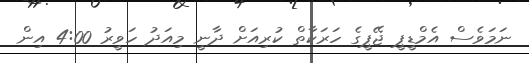
ނަމަވެސް އެމްޑީޕީ ޖޭޕީގެ ހަރަކާތް ކުރިއަށް ދާނީ މިއަދު ހަވީރު 4:00 އިން